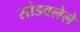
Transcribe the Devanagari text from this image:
सोडवलेले